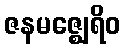
ဇနမဇ္ဈေရိဝ